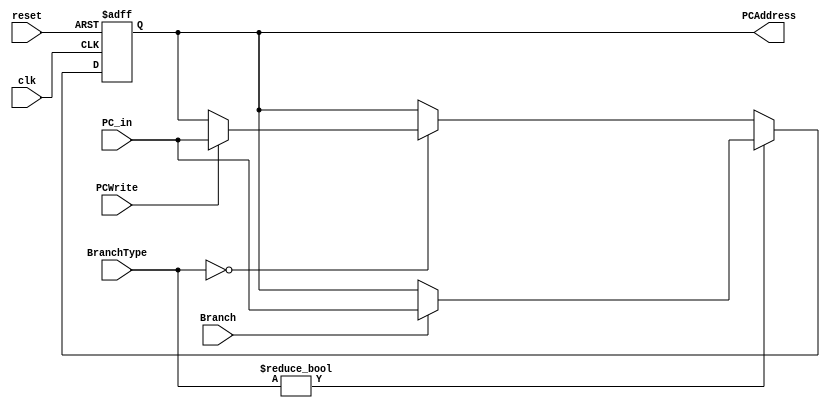
`timescale 1ns / 1ps
//////////////////////////////////////////////////////////////////////////////////
// Company: 
// Engineer: 
// 
// Design Name: 
// Module Name:    ProgramCounter 
// Project Name: 
// Target Devices: 
// Tool versions: 
// Description: 
//
// Dependencies: 
//
// Revision: 
// Revision 0.01 - File Created
// Additional Comments: 
//
//////////////////////////////////////////////////////////////////////////////////
module ProgramCounter(PCAddress, PCWrite, BranchType, Branch, PC_in, clk, reset);

	input			clk, reset;
	input			PCWrite, Branch;
	input			[2:0] BranchType;
	input			[31:0] PC_in;									// Predetermined PC input (output of the PCSource mux)
	
	output reg	[31:0] PCAddress;
	
	// If branch is false, we don't want to write the PC (PCWrite enabled on branch for when Branch is true)
	
	initial begin
		PCAddress = 0;
	end

	always @ (posedge clk or posedge reset) begin
		if (reset) begin
			PCAddress = 0;
		end
		else begin
			if (BranchType) begin		// A branch instruction asserted
				if (Branch) begin			// Branch Condition found true
					PCAddress = PC_in;	// Allow PC to be incremented by PC_in
				end
			end
			else if (BranchType == 3'b000) begin		// If No branch instruction
				if (PCWrite) begin					// Behave normally (check PCWrite)
					PCAddress = PC_in;
				end
			end
			else begin
				PCAddress = PCAddress;
			end
		end
	end

endmodule